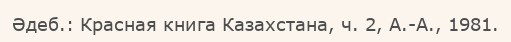
Әдеб.: Красная книга Казахстана, ч. 2, А.-А., 1981.